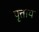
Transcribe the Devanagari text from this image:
पृत्ताय